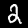
Digit: 2